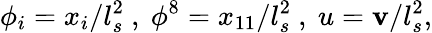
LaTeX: \phi_{i}=x_{i}/l_{s}^{2}~,~\phi^{8}=x_{11}/l_{s}^{2}~,~u=\mathbf{v}/l_{s}^{2},